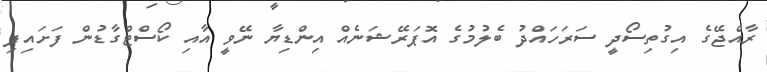
ރާއްޖޭގެ އިގުތިސޯދީ ސަރަހައްދު ބެލުމުގެ އޮޕަރޭޝަނެއް އިންޑިޔާ ނޭވީ އާއި ކޯސްޓްގާޑުން ފަށައިފި